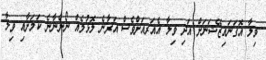
ވިލާ އޮގަނައިޒޭޝަނަށް އަދި ވިލާ އެއަރއަށްވެސް އަރާނެ ލޮޅުމެއް ނޯންނާނެ ކަމަށާއި ވިލާ